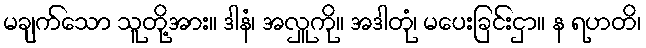
မချက်သော သူတို့အား။ ဒါနံ၊ အလှူကို။ အဒါတုံ၊ မပေးခြင်းငှာ။ န ရဟတိ၊